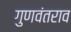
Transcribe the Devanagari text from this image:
गुणवंतराव